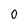
Character: O